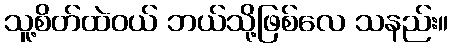
သူ့စိတ်ထဲဝယ် ဘယ်သို့ဖြစ်လေ သနည်း။